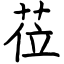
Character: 莅